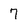
Character: 7